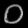
Digit: ၀